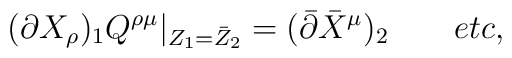
(\partial X_{\rho })_{1}Q^{\rho \mu }|_{Z_{1}=\bar{Z}_{2}} = (\bar{\partial }\bar{X}^{\mu })_{2} \qquad etc,